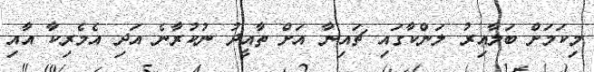
މިކަމަށް ބަލާއިރު ލަންކާގައި ޗައިނާ އަށް ތާއީދު ނުކުރާނެ އަދި އެމެރިކާ އާއި